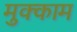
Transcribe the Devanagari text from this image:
मुक्‍काम